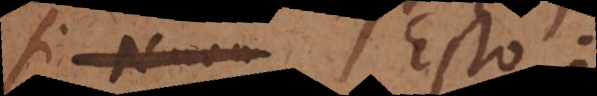
i o est: